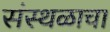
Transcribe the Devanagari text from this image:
संस्थळाचा